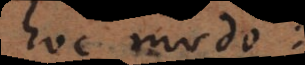
hoc modo: